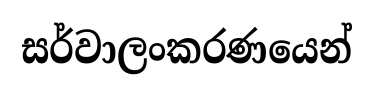
සර්වාලංකරණයෙන්